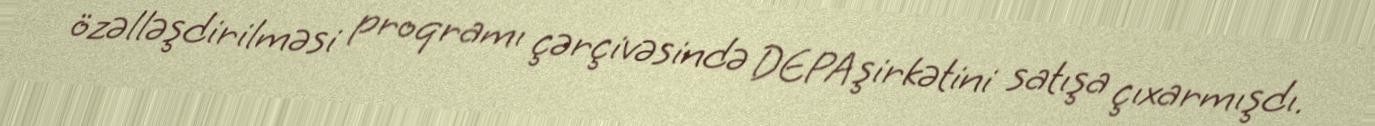
özəlləşdirilməsi proqramı çərçivəsində DEPA şirkətini satışa çıxarmışdı.